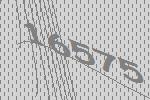
16575